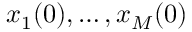
x _ { 1 } ( 0 ) , \ldots , x _ { M } ( 0 )